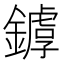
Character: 𨬷